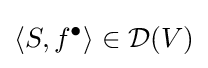
\langle S,f^{\bullet }\rangle \in {\mathcal {D}}(V)